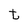
Character: t